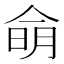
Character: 𰂚